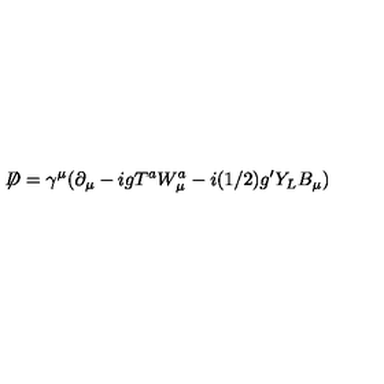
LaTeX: \not { \! \! D } = \gamma ^ { \mu } ( \partial _ { \mu } - i g T ^ { a } W _ { \mu } ^ { a } - i ( 1 / 2 ) g ^ { \prime } Y _ { L } B _ { \mu } )